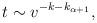
LaTeX: \begin{align*}t \sim v^{-k-k_{\alpha+1}},\end{align*}